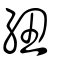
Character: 紐